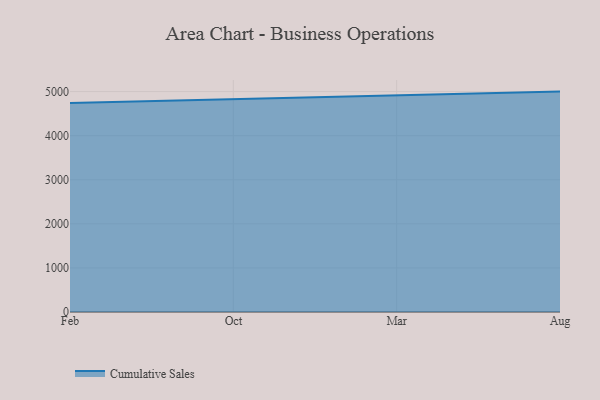
{"axis": {"x": "Month", "y": "Churn Rate (%)"}, "legend": ["Cumulative Sales"], "data": [{"x": "Feb", "y": 4741.7, "type": "Cumulative Sales"}, {"x": "Oct", "y": 4828.6, "type": "Cumulative Sales"}, {"x": "Mar", "y": 4929.3, "type": "Cumulative Sales"}, {"x": "Aug", "y": 5000, "type": "Cumulative Sales"}]}